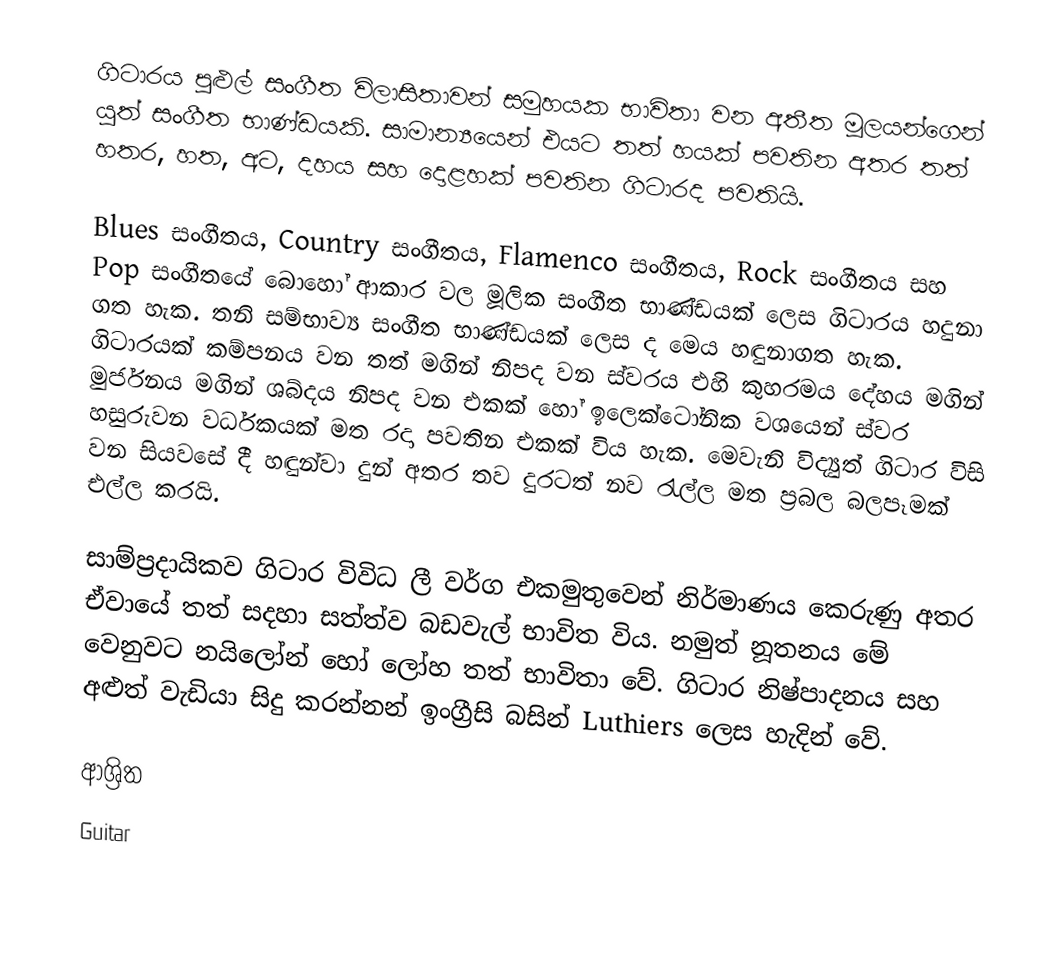
ගිටාරය පුළුල් සංගීත විලාසිතාවන් සමුහයක භාවිතා වන අතීත මූලයන්ගෙන් යුත් සංගීත භාණ්ඩයකි. සාමාන්‍යයෙන් එයට තත් හයක් පවතින අතර තත් හතර, හත, අට, දහය සහ දොළහක් පවතින ගිටාරද පවතියි.

Blues සංගීතය, Country සංගීතය, Flamenco සංගීතය, Rock සංගීතය සහ Pop  සංගීතයේ බො‍හෝ ආකාර වල මූලික සංගීත භාණ්ඩයක් ලෙස ගිටාරය හදුනා ගත හැක. තනි සම්භාව්‍ය සංගීත භාණ්ඩයක් ලෙස ද මෙය හඳුනාගත හැක. ගිටාරයක් කම්පනය වන තත් මගින් නිපද වන ස්වරය එහි කුහරමය දේහය මගින් මුර්ජනය මගින් ශබ්දය නිපද වන එකක් හෝ ඉලෙක්ටෝනික වශයෙන් ස්වර හසුරුවන වර්ධකයක් මත රදා පවතින එකක් විය හැක. මෙවැනි විද්‍යුත් ගිටාර  විසි වන සියවසේ දී හඳුන්වා දුන් අතර තව දුරටත් නව රැල්ල මත ප්‍රබල බලපෑමක් එල්ල කරයි.

සාම්ප්‍රදායිකව ගිටාර විවිධ ලී වර්ග එකමුතුවෙන් නිර්මාණය කෙරුණු අතර ඒවායේ තත් සදහා සත්ත්ව බඩවැල් භාවිත විය. නමුත් නූතනය මේ වෙනුවට නයිලෝන් හෝ ලෝහ තත් භාවිතා වේ. ගිටාර නිෂ්පාදනය සහ අළුත් වැඩියා සිදු කරන්නන් ඉංග්‍රීසි බසින් Luthiers ලෙස හැදින් වේ.

ආශ්‍රිත
 Guitar